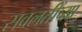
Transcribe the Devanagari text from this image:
सवलतींच्या